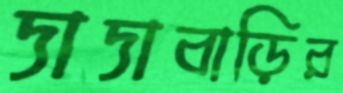
দাদাবাড়ির